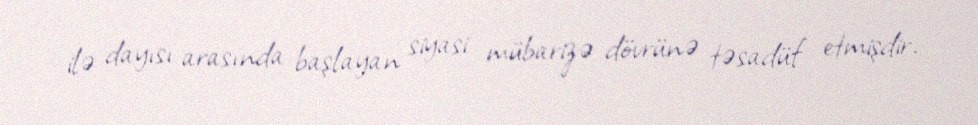
ilə dayısı arasında başlayan siyasi mübarizə dövrünə təsadüf etmişdir.